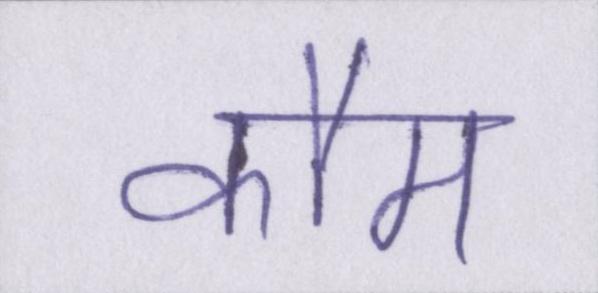
कौम